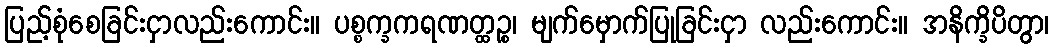
ပြည့်စုံစေခြင်းငှာလည်းကောင်း။ ပစ္စက္ခကရဏတ္ထဉ္စ၊ မျက်မှောက်ပြုခြင်းငှာ လည်းကောင်း။ အနိက္ခိပိတွာ၊